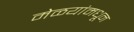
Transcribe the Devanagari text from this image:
मेळयांमधून